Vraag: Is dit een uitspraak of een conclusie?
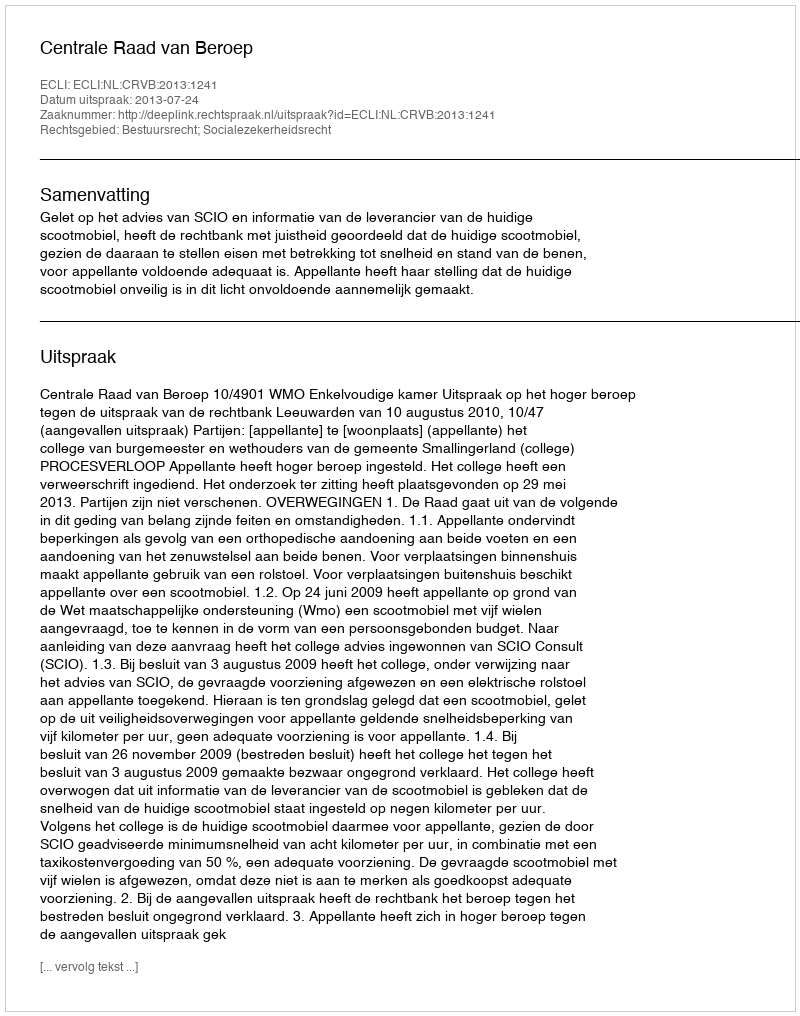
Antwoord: Uitspraak